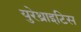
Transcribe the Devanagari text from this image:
युरेथ्राइटिस